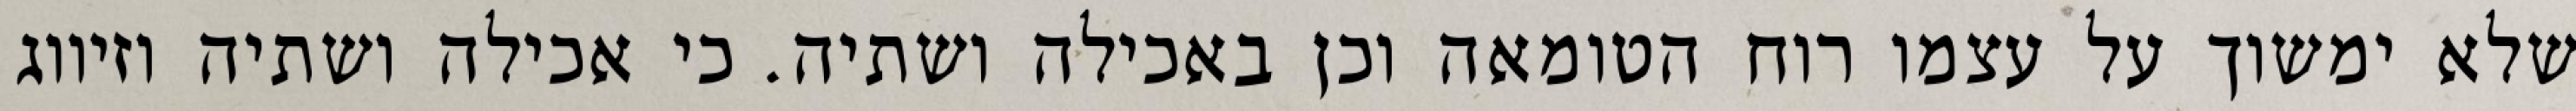
שלא ימשוך על עצמו רוח הטומאה וכן באכילה ושתיה. כי אכילה ושתיה וזיווג